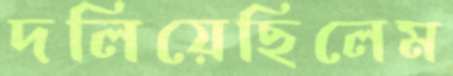
দলিয়েছিলেম